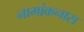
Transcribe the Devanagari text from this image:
नामांकनास